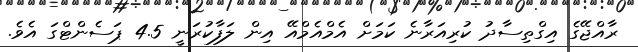
ރާއްޖޭގެ އިގްތިސާދު ކުރިއަރާނެ ކަމަށް އެމްއެމްއޭ އިން ލަފާކުރަނީ 4.5 ޕަސެންޓްގަ އެވެ.